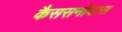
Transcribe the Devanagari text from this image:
कैससनोवास